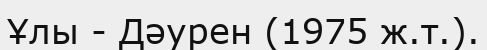
Ұлы - Дәурен (1975 ж.т.).